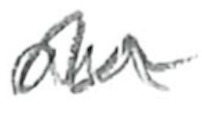
Text: an
Cross-out: wave
Writing tool: pencil